Indian journal of veterinary science and animal husbandry - Volumes 15-17, 1948-1951
Year: 1948
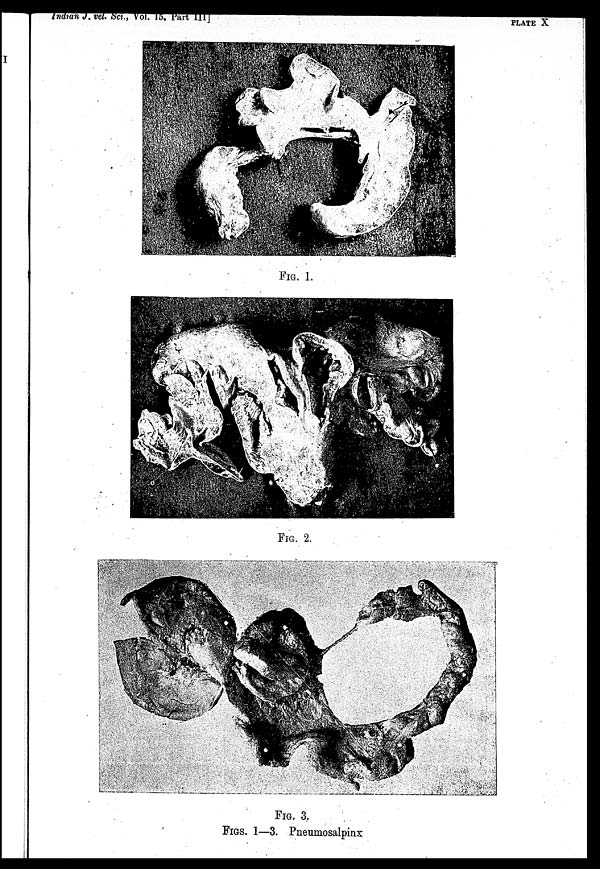
Indian J. vet. Sci., Vol. 15, Part III
PLATE X
FIG. 1.
FIG. 2.
FIG. 3.
FIGS. 1—3. Pneumosalpinx